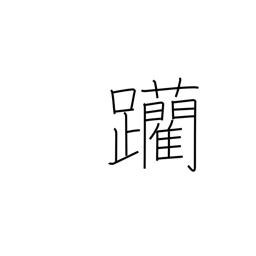
Meaning: edge forward